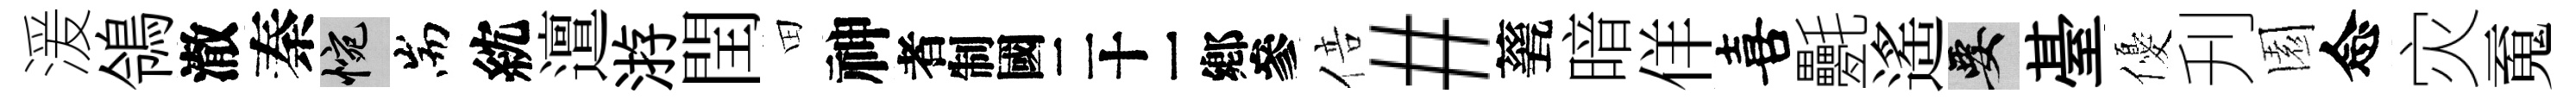
湲鴒澈秦惋耑紞邅㳺閏田神识倍#甆暗佯喜氎遙要䑓優刋園念灾䰟